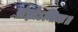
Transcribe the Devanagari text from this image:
संज्ञोऽन्तिमः॥